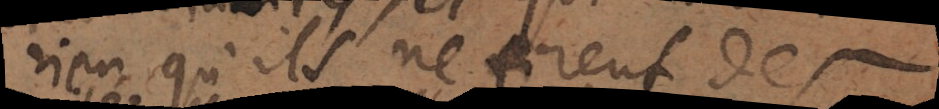
rien qu’ils ne tirent des